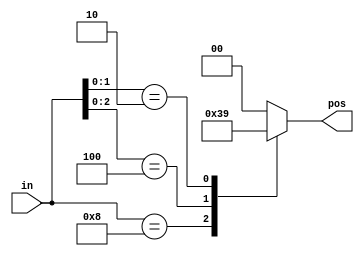
// synthesis verilog_input_version verilog_2001
module top_module (
    input [3:0] in,
    output reg [1:0] pos  );

    always @(*) begin
        casex(in)
            4'b1000 : pos = 3;
            4'bx100 : pos = 2;
            4'bxx10 : pos = 1;
            4'bxxx1 : pos = 0;
            default : pos = 0;
        endcase
    end
    
endmodule